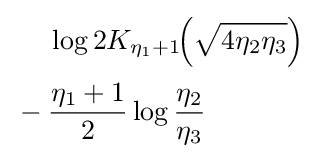
{\begin{aligned}&\log 2K_{\eta _{1}+1}{\!\left({\sqrt {4\eta _{2}\eta _{3}}}\right)}\\[2pt]{}-{}&{\frac {\eta _{1}+1}{2}}\log {\frac {\eta _{2}}{\eta _{3}}}\end{aligned}}